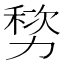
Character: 𫦷